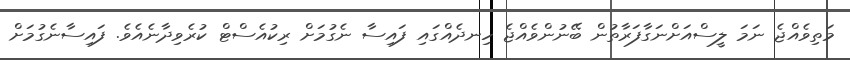
މަތިވެއްޖެ ނަމަ ލީސްއަށްނަގާފަރާތުން ބޭނުންވެއްޖެ ހިނދެއްގައި ފައިސާ ނެގުމަށް ރިކުއެސްޓް ކުރެވިދާނެއެވެ. ފައިސާނެގުމަށް